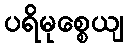
ပရိမုစ္စေယျ